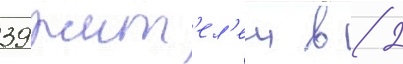
39 жит'ел'еи в 2